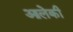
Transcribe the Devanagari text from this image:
आलेकी